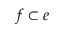
f \subset e